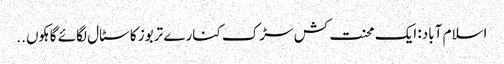
اسلام آباد: ایک محنت کش سڑک کنارے تربوز کا سٹال لگائے گاہکوں ..